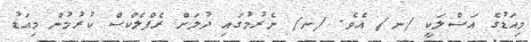
މިއަޑުގެ އަސްލަކީ /ނ/ އެވެ. /ނ/ ނެރުމުގައި ދުލަށް ރެފްލެކްސް ކުރުމުން މިއަޑު